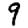
Digit: 9